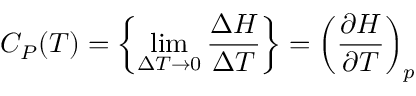
C _ { P } ( T ) = \left\{ \operatorname* { l i m } _ { \Delta T \to 0 } { \frac { \Delta H } { \Delta T } } \right\} = \left( { \frac { \partial H } { \partial T } } \right) _ { p }